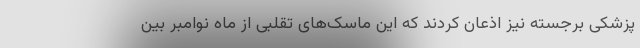
پزشکی برجسته نیز اذعان کردند که این ماسک‌های تقلبی از ماه نوامبر بین